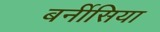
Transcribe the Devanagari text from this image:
बर्नीसिया